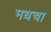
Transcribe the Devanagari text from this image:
मधचा